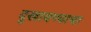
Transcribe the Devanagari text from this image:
दुखावण्याचा